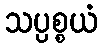
သပ္ပစ္စယံ